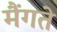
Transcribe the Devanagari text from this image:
मैंगते